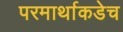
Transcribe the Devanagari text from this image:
परमार्थाकडेच